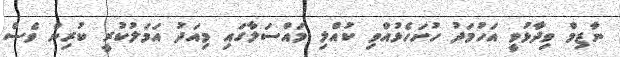
ނާޒިމް ވިދާޅުވީ އަހުމަދު ހުށަހެޅުއްވި ކުއްލި މައްސަލާގައި މިއަދު އަމަލުކުރީ ކުރިން ވެސް